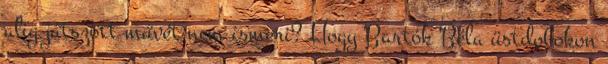
alig játszott művét nem ismeri? Hogy Bartók Béla üstdobokon